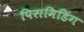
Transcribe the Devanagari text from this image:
पिरामिडिंग